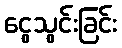
ငွေသွင်းခြင်း